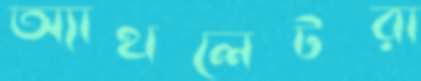
অ্যাথলেটরা